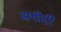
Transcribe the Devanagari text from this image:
अथॉर्टी